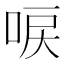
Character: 唳